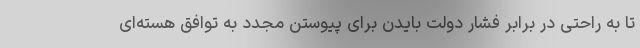
تا به راحتی در برابر فشار دولت بایدن برای پیوستن مجدد به توافق هسته‌ای